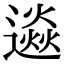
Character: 𨗄